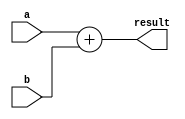
`ifndef MODULE_ADDER
`define MODULE_ADDER
`timescale 1ns / 1ps

module Adder(
    input [31:0] a,
    input [31:0] b,
    output reg [31:0] result
    );
    always @(a or b) begin
        result = a + b;
    end
endmodule
`endif